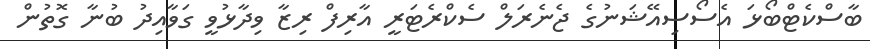
ބާސްކެޓްބޯޅަ އެސޯސިއޭޝަނުގެ ޖެނެރަލް ސެކްރެޓަރީ އާރިފް ރިޒާ ވިދާޅުވީ ގަވާއިދު ބުނާ ގޮތުން